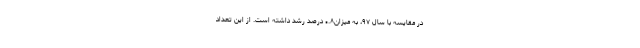
در مقایسه با سال ۹۷، به میزان۰.۸ درصد رشد داشته است. از این تعداد